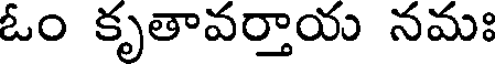
ఓం కృతావర్తాయ నమః